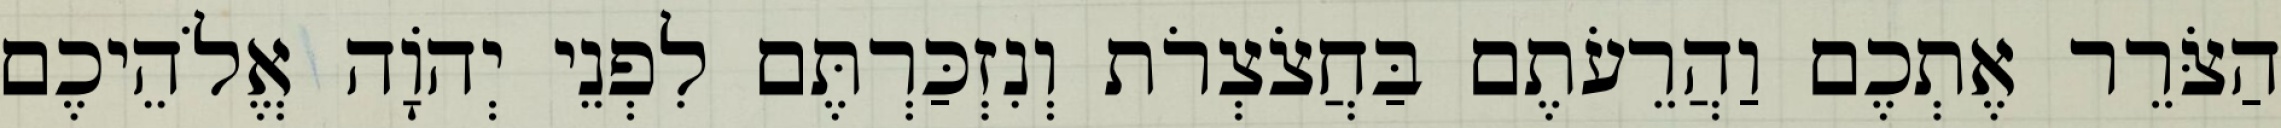
הַצֹּרֵר אֶתְכֶם וַהֲרֵעֹתֶם בַּחֲצֹצְרֹת וְנִזְכַּרְתֶּם לִפְנֵי יְהוָֹה אֱלֹהֵיכֶם